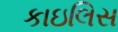
કાઇલિસ